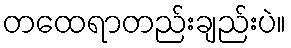
တထေရာတည်းချည်းပဲ။